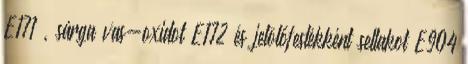
E171 , sárga vas-oxidot E172 és jelölőfestékként sellakot E904